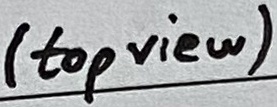
Text: (top view)